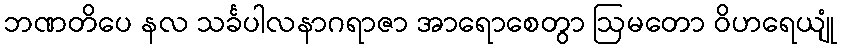
ဘဏတိပေ နလ သင်္ခပါလနာဂရာဇာ အာရောစေတွာ ဩမတော ဝိဟရေယျုံ